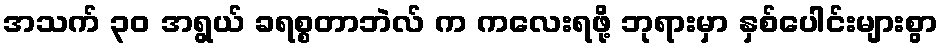
အသက် ၃၀ အရွယ် ခရစ္စတာဘဲလ် က ကလေးရဖို့ ဘုရားမှာ နှစ်ပေါင်းများစွာ